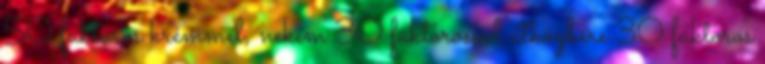
50 faktoros krémmel, nekem 30 faktorossal útközbére 30 faktoros